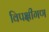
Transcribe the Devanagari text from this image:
विपक्षीगण